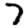
Digit: 7